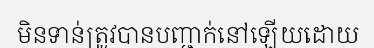
មិនទាន់ត្រូវបានបញ្ជាក់នៅឡើយដោយ